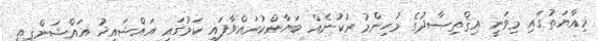
މިއާޔަތުގައި މިވަނީ އިޤްތިޞާދުގެ މުހިންމު ރުކުނެއް ބަޔާންކުރައްވާފައި ކަމުގައި އައްޝައިޚު އައްޝަންޤީޠީ